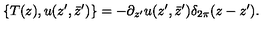
\{ T ( z ) , u ( z ^ { \prime } , \bar { z } ^ { \prime } ) \} = - \partial _ { z ^ { \prime } } u ( z ^ { \prime } , \bar { z } ^ { \prime } ) \delta _ { 2 \pi } ( z - z ^ { \prime } ) .